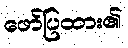
ဖော်ပြထား၏